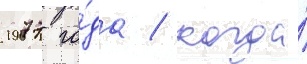
1977 го́да / когда́